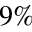
9 \%